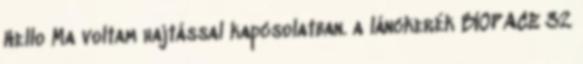
Hello Ma voltam hajtással kapcsolatban. a lánckerék BIOPACE 32